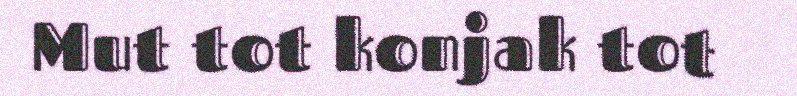
Mut tot konjak tot